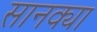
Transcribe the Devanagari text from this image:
सानक्या